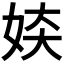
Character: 𫰜